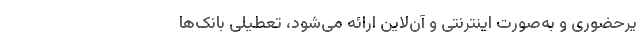
یرحضوری و به‌صورت اینترنتی و آن‌لاین ارائه می‌شود، تعطیلی بانک‌ها